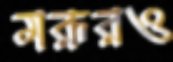
মরূরও